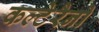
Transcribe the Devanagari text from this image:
कल्टेरैनो